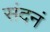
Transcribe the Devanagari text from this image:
संदनं